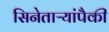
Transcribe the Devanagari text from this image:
सिनेताऱ्यांपैकी